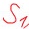
Text: S1